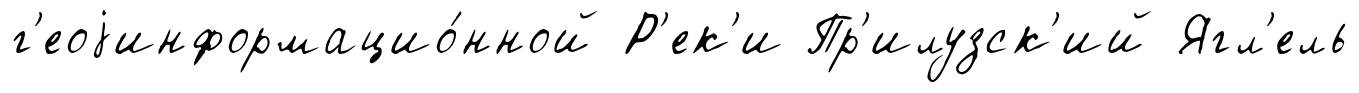
г'еоjинформацио́нной Р'ек'и Пр'илузск'ий Ягл'ель